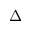
\Delta